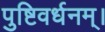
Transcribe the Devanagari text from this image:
पुष्टिवर्धनम्।